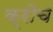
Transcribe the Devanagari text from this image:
क्रौच